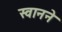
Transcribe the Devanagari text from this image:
स्वानने